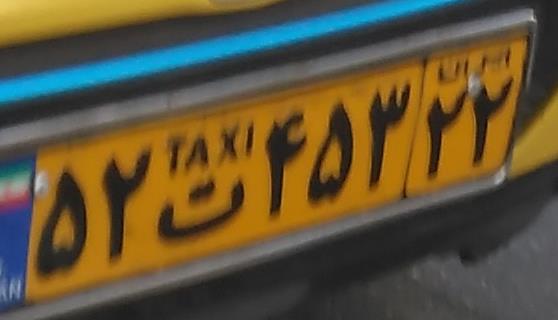
۵۲ت۴۵۳۲۲